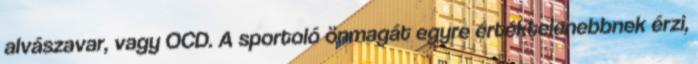
alvászavar, vagy OCD. A sportoló önmagát egyre értéktelenebbnek érzi,